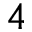
4